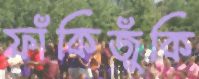
ফাঁকিজুঁকি